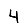
Digit: 4